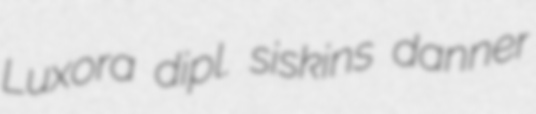
Luxora dipl. siskins danner